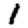
Digit: 1